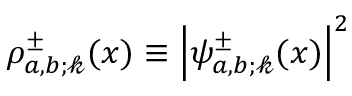
\rho _ { a , b ; \mathscr { k } } ^ { \pm } ( x ) \equiv { \left| \psi _ { a , b ; \mathscr { k } } ^ { \pm } ( x ) \right| } ^ { 2 }